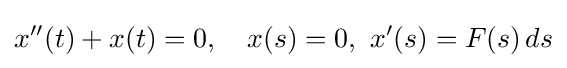
x''(t)+x(t)=0,\quad x(s)=0,\ x'(s)=F(s)\,ds